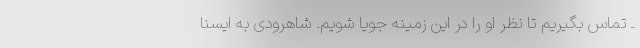
ـ تماس بگیریم تا نظر او را در این زمینه جویا شویم. شاهرودی به ایسنا